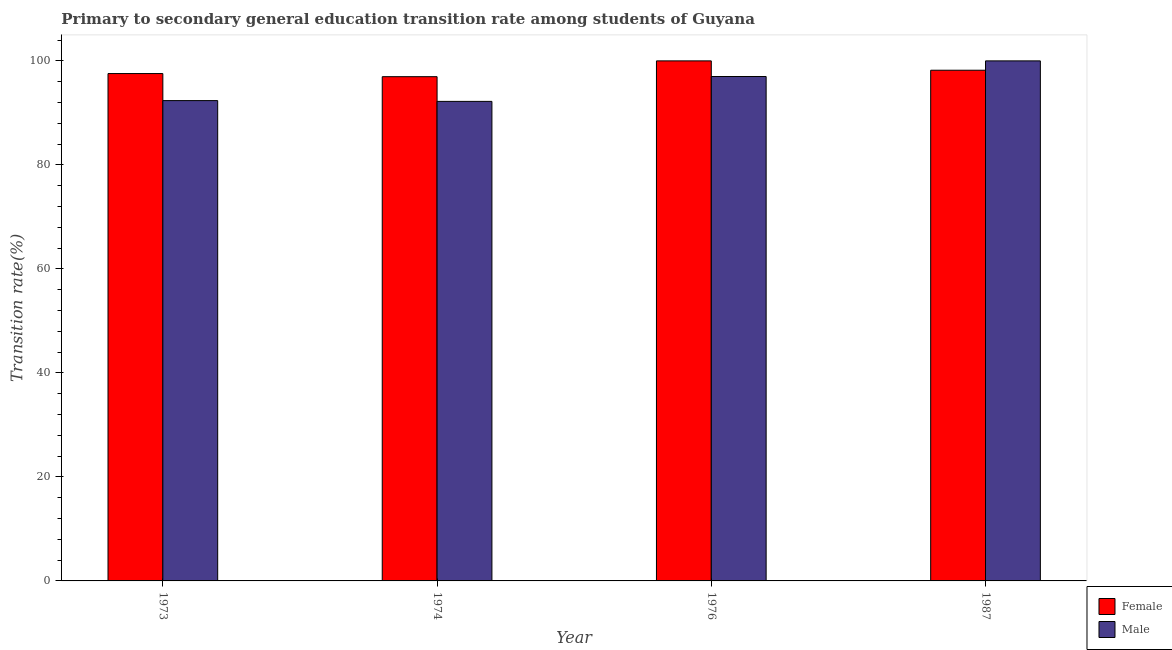
| Year | Female | Male |
 | --- | --- | --- |
 | 1973 | 97.6 | 92.4 |
 | 1974 | 97 | 92.2 |
 | 1976 | 100 | 97 |
 | 1987 | 98.2 | 100 |